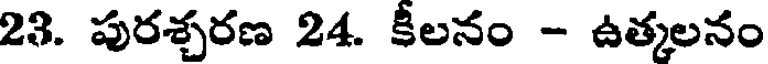
23. పురశ్చరణ 24. కీలనం - ఉత్కలనం